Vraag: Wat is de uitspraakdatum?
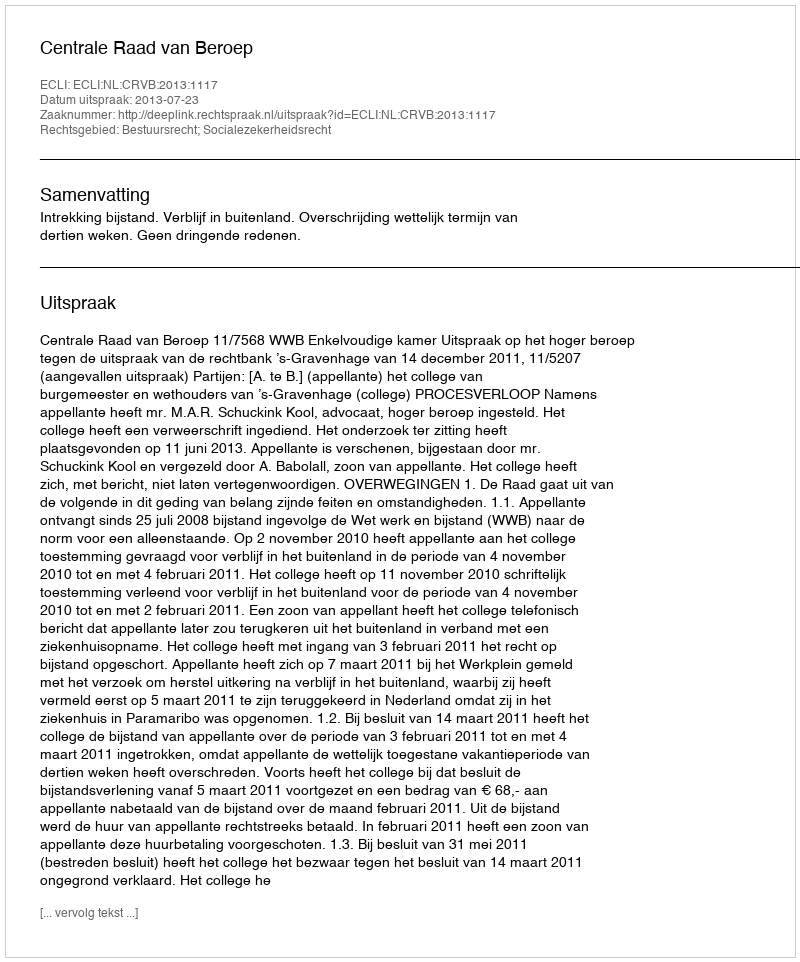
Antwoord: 2013-07-23